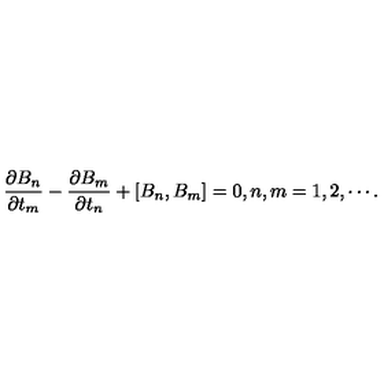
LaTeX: \frac { \partial B _ { n } } { \partial t _ { m } } - \frac { \partial B _ { m } } { \partial t _ { n } } + \left[ B _ { n } , B _ { m } \right] = 0 , n , m = 1 , 2 , \cdots .